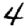
Digit: 4